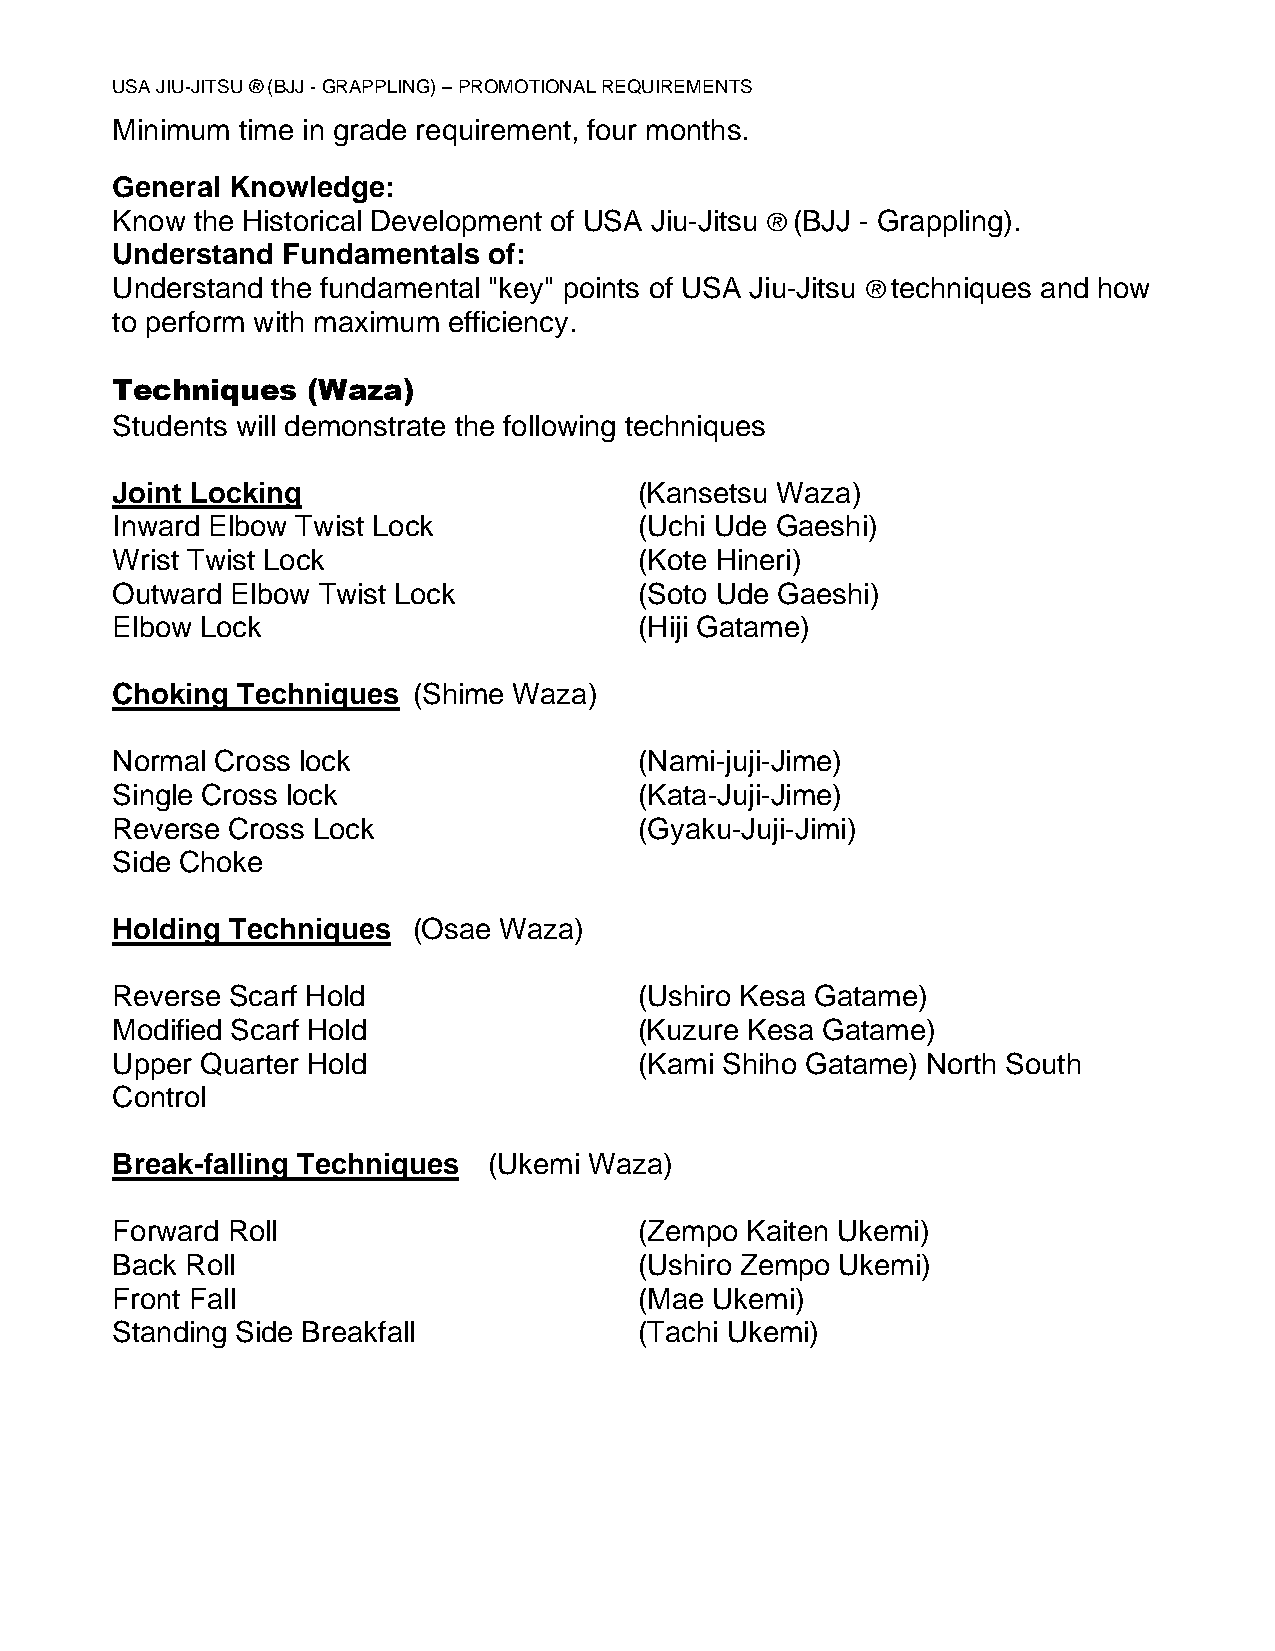
USA JIU-JITSU ® (BJJ - GRAPPLING) – PROMOTIONAL REQUIREMENTS
 Minimum  time in grade requirement, four months.
 General Knowledge:
 Know  the Historical Development of USA Jiu-Jitsu ® (BJJ - Grappling).
 Understand  Fundamentals of:
 Understand the fundamental "key" points of USA Jiu-Jitsu ® techniques and how
 to perform with maximum efficiency.
 Techniques   (Waza)
 Students will demonstrate the following techniques
 Joint Locking                      (Kansetsu Waza)
 Inward Elbow Twist Lock            (Uchi Ude Gaeshi)
 Wrist Twist Lock                   (Kote Hineri)
 Outward Elbow Twist Lock           (Soto Ude Gaeshi)
 Elbow Lock                         (Hiji Gatame)
 Choking  Techniques (Shime Waza)
 Normal Cross lock                  (Nami-juji-Jime)
 Single Cross lock                  (Kata-Juji-Jime)
 Reverse Cross Lock                 (Gyaku-Juji-Jimi)
 Side Choke
 Holding Techniques  (Osae Waza)
 Reverse Scarf Hold                 (Ushiro Kesa Gatame)
 Modified Scarf Hold                (Kuzure Kesa Gatame)
 Upper Quarter Hold                 (Kami Shiho Gatame) North South
 Control
 Break-falling Techniques (Ukemi Waza)
 Forward Roll                       (Zempo Kaiten Ukemi)
 Back Roll                          (Ushiro Zempo Ukemi)
 Front Fall                         (Mae Ukemi)
 Standing Side Breakfall            (Tachi Ukemi)